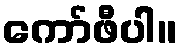
ကော်ဖီပါ။